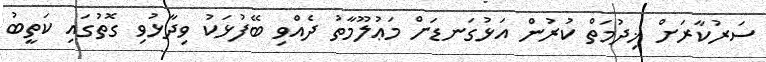
ސަރުކާރަށް ޚިދުމަތް ކުރުން އަޅުގަނޑަށް މަޢުލޫމާތު ދެއްވި ބޭފުޅަކު ވިދާޅުވި ގޮތުގައި ކަތީބު